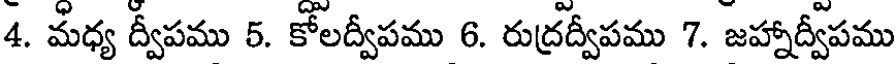
4. మధ్య ద్వీపము 5. కోలద్వీపము 6. రుద్రద్వీపము 7. జహ్నాద్వీపము